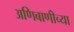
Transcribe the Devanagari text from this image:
अणिबाणीच्या